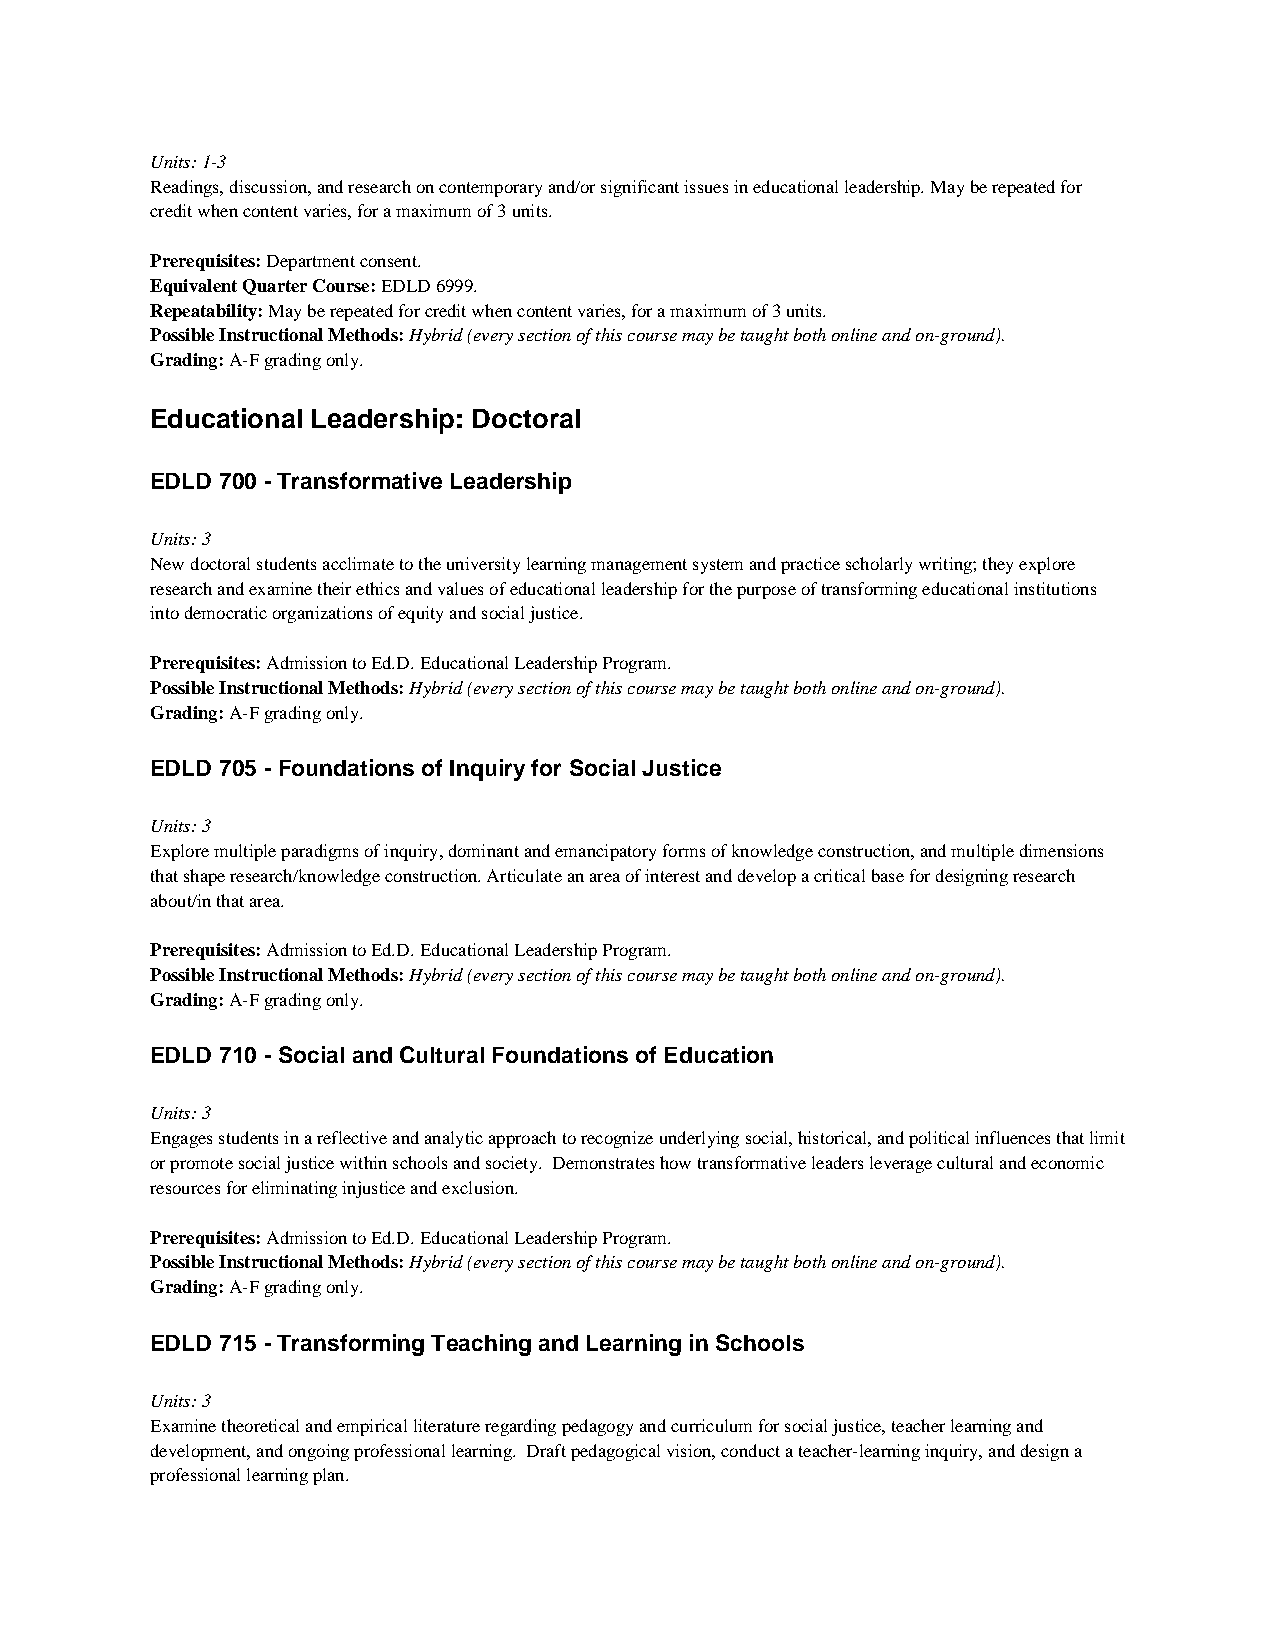
Units: 1-3
 Readings, discussion, and research on contemporary and/or significant issues in educational leadership. May be repeated for
 credit when content varies, for a maximum of 3 units.
 Prerequisites: Department consent.
 Equivalent Quarter Course: EDLD 6999.
 Repeatability: May be repeated for credit when content varies, for a maximum of 3 units.
 Possible Instructional Methods: Hybrid (every section of this course may be taught both online and on-ground).
 Grading: A-F grading only.
 Educational Leadership: Doctoral
 EDLD 700 - Transformative Leadership
 Units: 3
 New doctoral students acclimate to the university learning management system and practice scholarly writing; they explore
 research and examine their ethics and values of educational leadership for the purpose of transforming educational institutions
 into democratic organizations of equity and social justice.
 Prerequisites: Admission to Ed.D. Educational Leadership Program.
 Possible Instructional Methods: Hybrid (every section of this course may be taught both online and on-ground).
 Grading: A-F grading only.
 EDLD 705 - Foundations of Inquiry for Social Justice
 Units: 3
 Explore multiple paradigms of inquiry, dominant and emancipatory forms of knowledge construction, and multiple dimensions
 that shape research/knowledge construction. Articulate an area of interest and develop a critical base for designing research
 about/in that area.
 Prerequisites: Admission to Ed.D. Educational Leadership Program.
 Possible Instructional Methods: Hybrid (every section of this course may be taught both online and on-ground).
 Grading: A-F grading only.
 EDLD 710 - Social and Cultural Foundations of Education
 Units: 3
 Engages students in a reflective and analytic approach to recognize underlying social, historical, and political influences that limit
 or promote social justice within schools and society. Demonstrates how transformative leaders leverage cultural and economic
 resources for eliminating injustice and exclusion.
 Prerequisites: Admission to Ed.D. Educational Leadership Program.
 Possible Instructional Methods: Hybrid (every section of this course may be taught both online and on-ground).
 Grading: A-F grading only.
 EDLD 715 - Transforming Teaching and Learning in Schools
 Units: 3
 Examine theoretical and empirical literature regarding pedagogy and curriculum for social justice, teacher learning and
 development, and ongoing professional learning. Draft pedagogical vision, conduct a teacher-learning inquiry, and design a
 professional learning plan.